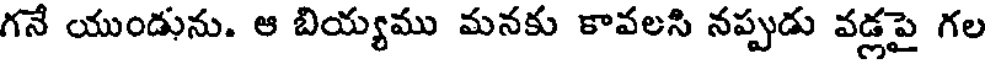
గనే యుండును. ఆ బియ్యము మనకు కావలసి నప్పుడు వడ్లపై గల